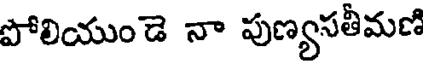
పోలియుండె నా పుణ్యసతీమణి